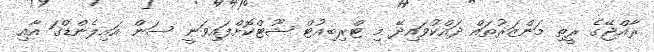
ރާއްޖޭގެ ރީތި މަންޒަރުތައް ދައްކުވައިދޭ މި ޓްރިބިއުޓް ޝޫޓްކޮށްފައިވަނީ ސަން އައިލެންޑްގަ އާއި